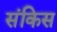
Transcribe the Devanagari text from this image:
संकिस